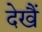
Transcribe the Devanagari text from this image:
देखैं